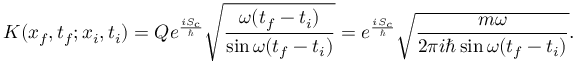
K ( x _ { f } , t _ { f } ; x _ { i } , t _ { i } ) = Q e ^ { \frac { i S _ { \mathrm { c } } } { \hbar } } { \sqrt { \frac { \omega ( t _ { f } - t _ { i } ) } { \sin \omega ( t _ { f } - t _ { i } ) } } } = e ^ { \frac { i S _ { c } } { \hbar } } { \sqrt { \frac { m \omega } { 2 \pi i \hbar \sin \omega ( t _ { f } - t _ { i } ) } } } .